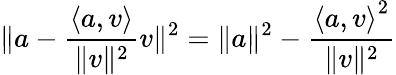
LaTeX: \| a-{\frac{\langle a,v\rangle}{\| v\| ^{2}}}v\| ^{2}=\| a\| ^{2}-{\frac{{\langle a,v\rangle}^{2}}{\| v\| ^{2}}}